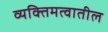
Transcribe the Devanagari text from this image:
व्यक्तिमत्वातील